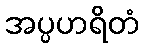
အပ္ပဟရိတံ